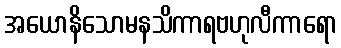
အယောနိသောမနသိကာရဗဟုလီကာရော